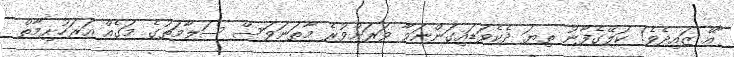
"އޭ ޒައިދެވެ! ކަލޭގެފާނު ތިޔަ ދެކެވަޑައިގަންނަވާ ވަރަށްވުރެ މާތަނަވަސް ސަލާމަތުގެ މަގެއް އަރަހުށިމާތް